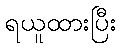
ရယူထားပြီး